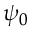
\psi _ { 0 }